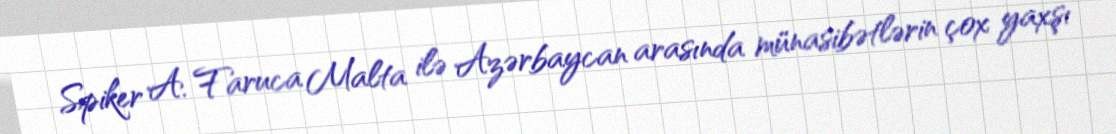
Spiker A. Faruca Malta ilə Azərbaycan arasında münasibətlərin çox yaxşı